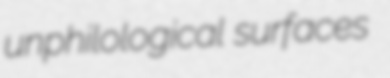
unphilological surfaces